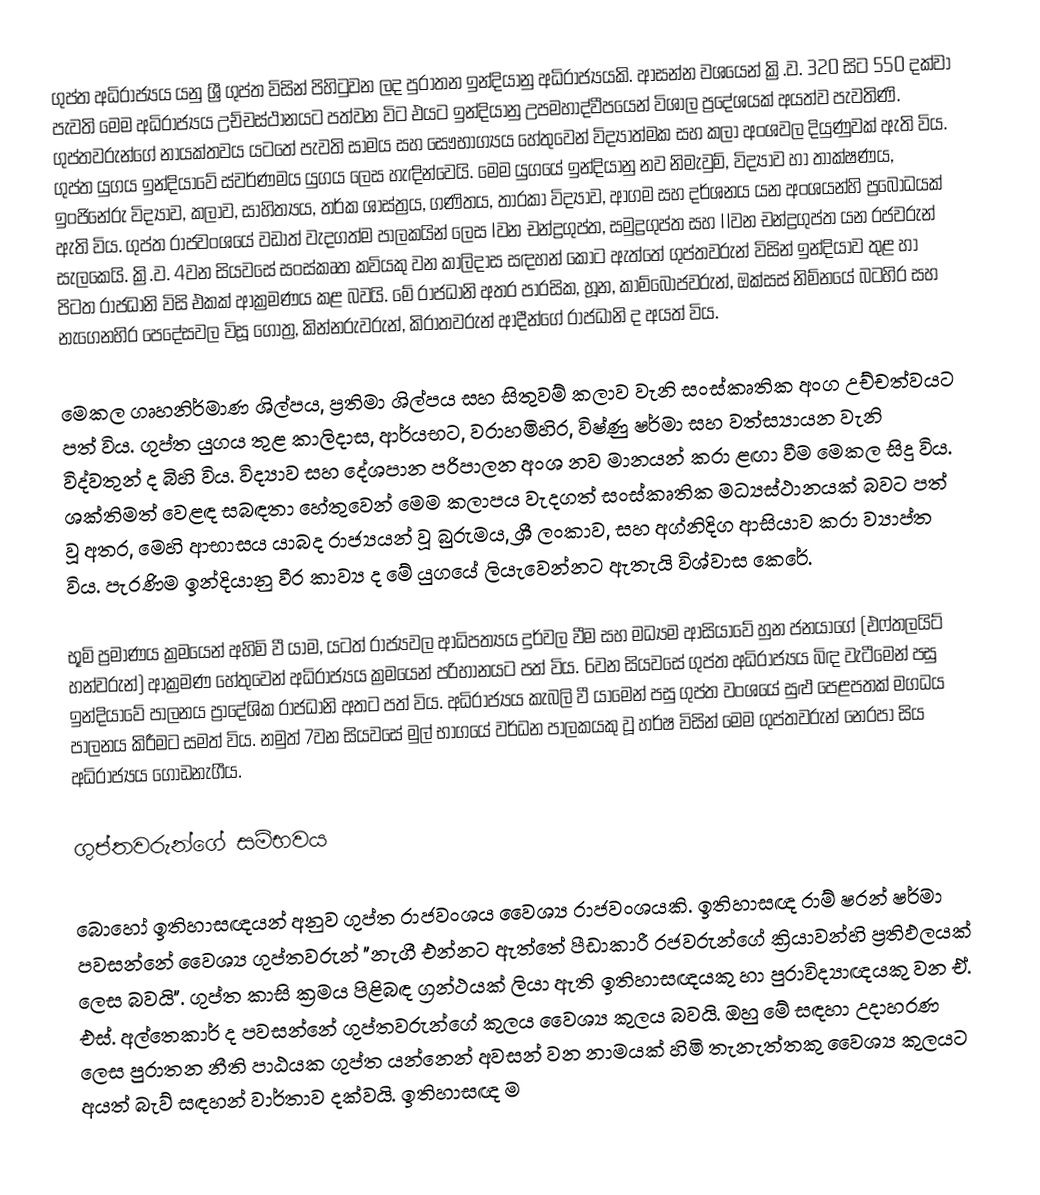
ගුප්ත අධිරාජ්‍යය යනු ශ්‍රී ගුප්ත විසින් පිහිටුවන ලද පුරාතන ඉන්දියානු අධිරාජ්‍යයකි. ආසන්න වශයෙන් ක්‍රි.ව. 320 සිට 550 දක්වා පැවති මෙම අධිරාජ්‍යය උච්චස්ථානයට පත්වන විට එයට ඉන්දියානු උපමහාද්වීපයෙන් විශාල ප්‍රදේශයක් අයත්ව පැවතිණි. ගුප්තවරුන්ගේ නායක්තවය යටතේ පැවති සාමය සහ සෞභාග්‍යය හේතුවෙන් විද්‍යාත්මක සහ කලා අංශවල දියුණුවක් ඇති විය. ගුප්ත යුගය ඉන්දියාවේ ස්වර්ණමය යුගය ලෙස හැඳින්වෙයි. මෙම යුගයේ ඉන්දියානු නව නිමැවුම්, විද්‍යාව හා තාක්ෂණය, ඉංජිනේරු විද්‍යාව, කලාව, සාහිත්‍යය, තර්ක ශාස්ත්‍රය, ගණිතය, තාරකා විද්‍යාව, ආගම සහ දර්ශනය යන අංශයන්හි ප්‍රබෝධයක් ඇති විය. ගුප්ත රාජවංශයේ වඩාත් වැදගත්ම පාලකයින් ලෙස Iවන චන්ද්‍රගුප්ත, සමුද්‍රගුප්ත සහ IIවන චන්ද්‍රගුප්ත යන රජවරුන් සැලකෙයි. ක්‍රි.ව. 4වන සියවසේ සංස්කෘත කවියකු වන කාලිදාස සඳහන් කොට ඇත්තේ ගුප්තවරුන් විසින් ඉන්දියාව තුළ හා පිටත රාජධානි විසි එකක් ආක්‍රමණය කළ බවයි. මේ රාජධානි අතර පාරසික, හූන, කාම්බෝජවරුන්, ඔක්සස් නිම්නයේ බටහිර සහ නැගෙනහිර පෙදේසවල විසූ ගෝත්‍ර, කින්නරුවරුන්, කිරාතවරුන් ආදීන්ගේ රාජධානි ද අයත් විය.

මෙකල ගෘහනිර්මාණ ශිල්පය, ප්‍රතිමා ශිල්පය සහ සිතුවම් කලාව වැනි සංස්කෘතික අංග උච්චත්වයට පත් විය. ගුප්ත යුගය තුළ කාලිදාස, ආර්යභට, වරාහමිහිර, විෂ්ණු ෂර්මා සහ වත්ස්‍යායන වැනි විද්වතුන් ද බිහි විය. විද්‍යාව සහ දේශපාන පරිපාලන අංශ නව මානයන් කරා ළඟා වීම මෙකල සිදු විය. ශක්තිමත් වෙළඳ සබඳතා හේතුවෙන් මෙම කලාපය වැදගත් සංස්කෘතික මධ්‍යස්ථානයක් බවට පත් වූ අතර, මෙහි ආභාසය යාබද රාජ්‍යයන් වූ බුරුමය, ශ්‍රී ලංකාව, සහ අග්නිදිග ආසියාව කරා ව්‍යාප්ත විය. පැරණිම ඉන්දියානු වීර කාව්‍ය ද මේ යුගයේ ලියැවෙන්නට ඇතැයි විශ්වාස කෙරේ.

භූමි ප්‍රමාණය ක්‍රමයෙන් අහිමි වී යාම, යටත් රාජ්‍යවල ආධිපත්‍යය දුර්වල වීම සහ මධ්‍යම ආසියාවේ හුන ජනයාගේ (එෆ්තලයිට් හන්වරුන්) ආක්‍රමණ හේතුවෙන් අධිරාජ්‍යය ක්‍රමයෙන් පරිහානයට පත් විය. 6වන සියවසේ ගුප්ත අධිරාජ්‍යය බිඳ වැටීමෙන් පසු ඉන්දියාවේ පාලනය ප්‍රාදේශික රාජධානි අතට පත් විය. අධිරාජ්‍යය කැබලි වී යාමෙන් පසු ගුප්ත වංශයේ සුළු පෙළපතක් මගධය පාලනය කිරීමට සමත් විය. නමුත් 7වන සියවසේ මුල් භාගයේ වර්ධන පාලකයකු වූ හර්ෂ විසින් මෙම ගුප්තවරුන් නෙරපා සිය අධිරාජ්‍යය ගොඩනැගීය.

ගුප්තවරුන්ගේ සම්භවය

බොහෝ ඉතිහාසඥයන් අනුව ගුප්ත රාජවංශය වෛශ්‍ය රාජවංශයකි. ඉතිහාසඥ රාම් ෂරන් ෂර්මා පවසන්නේ වෛශ්‍ය ගුප්තවරුන් "නැගී එන්නට ඇත්තේ පීඩාකාරී රජවරුන්ගේ ක්‍රියාවන්හි ප්‍රතිඵලයක් ලෙස බවයි". ගුප්ත කාසි ක්‍රමය පිළිබඳ ග්‍රන්ථයක් ලියා ඇති ඉතිහාසඥයකු හා පුරාවිද්‍යාඥයකු වන ඒ. එස්. අල්තෙකාර් ද පවසන්නේ ගුප්තවරුන්ගේ කුලය වෛශ්‍ය කුලය බවයි. ඔහු මේ සඳහා උදාහරණ ලෙස පුරාතන නීති පාඨයක ගුප්ත යන්නෙන් අවසන් වන නාමයක් හිමි තැනැත්තකු වෛශ්‍ය කුලයට අයත් බැව් සඳහන් වාර්තාව දක්වයි. ඉතිහාසඥ ම